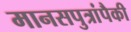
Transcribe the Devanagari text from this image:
मानसपुत्रांपैकी